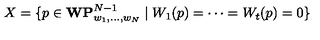
X = \{ p \in { \bf W P } _ { w _ { 1 } , \ldots , w _ { N } } ^ { N - 1 } \mid W _ { 1 } ( p ) = \cdots = W _ { t } ( p ) = 0 \}